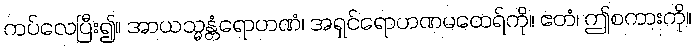
ကပ်လေပြီး၍။ အာယသ္မန္တံရောဟဏံ၊ အရှင်ရောဟဏမထေရ်ကို။ ဧတံ၊ ဤစကားကို။